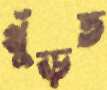
খুঁড়ত